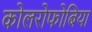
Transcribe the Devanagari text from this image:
कोलरोफोबिया